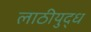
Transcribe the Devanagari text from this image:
लाठीयुद्ध